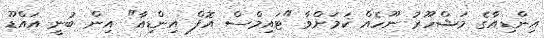
އިންޑިއާގެ މަޝްހޫރު ނޫހެއް ކަމަށްވާ "ޓައިމްސް އޮފް އިންޑިއާ" އިން ބުނީ އައްޑޫ